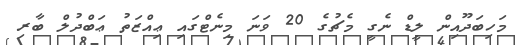
މަހިބަދޫއިން ލީޑް ނެގީ މެޗުގެ 20 ވަނަ މިނެޓްގައި ޢިއްޒަތު ޢަބްދުލް ބާރި